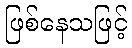
ဖြစ်နေသဖြင့်